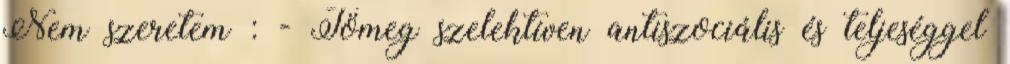
Nem szeretem : - Tömeg szelektíven antiszociális és teljeséggel